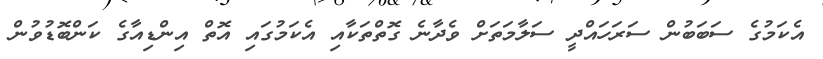
އެކަމުގެ ސަބަބުން ސަރަހައްދީ ސަލާމަތަށް ވެދާނެ ގޮތްތަކާއި އެކަމުގައި އޮތް އިންޑިއާގެ ކަންބޮޑުވުން